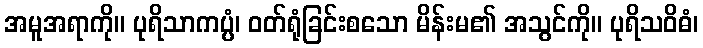
အမူအရာကို။ ပုရိသာကပ္ပံ၊ ဝတ်ရုံခြင်းစသော မိန်းမ၏ အသွင်ကို။ ပုရိသဝိဓံ၊